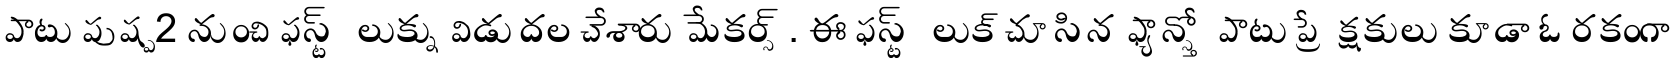
పాటు పుష్ప 2 నుంచి ఫస్ట్ లుక్ను విడుదల చేశారు మేకర్స్. ఈ ఫస్ట్ లుక్ చూసిన ఫ్యాన్స్తో పాటు ప్రేక్షకులు కూడా ఓ రకంగా